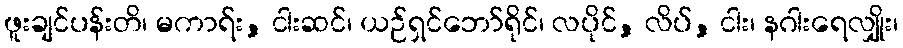
ဖူးချင်ပန်းတိ၊ မကာရ်း, ငါးဆင်၊ ယဉ်ရှင်ဘော်ရိုင်၊ လပိုင်, လိပ်, ငါး၊ နဂါးရေလျှိုး၊